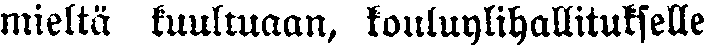
mieltä kuultuaan, kouluylihallitukselle